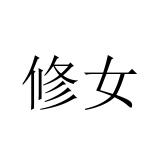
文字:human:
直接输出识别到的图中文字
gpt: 修女